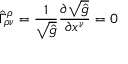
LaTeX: \hat { \Gamma } _ { \rho \nu } ^ { \rho } = \frac { 1 } { \sqrt { \hat { g } } } \frac { \partial \sqrt { \hat { g } } } { \partial x ^ { \nu } } = 0